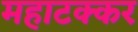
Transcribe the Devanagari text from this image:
महाटक्कर